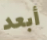
أبعد